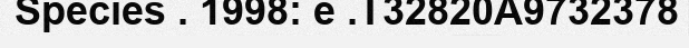
Species . 1998: e .T32820A9732378